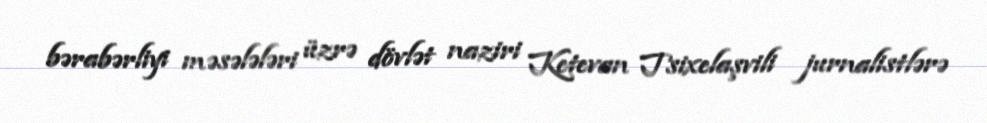
bərabərliyi məsələləri üzrə dövlət naziri Ketevan Tsixelaşvili jurnalistlərə